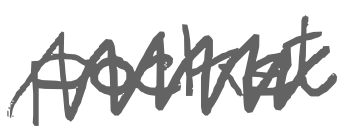
Text: pocket
Cross-out: zig-zag
Writing tool: digital_gray